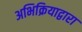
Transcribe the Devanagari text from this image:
अभिक्रियाद्वारा